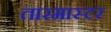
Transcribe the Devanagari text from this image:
तारमास्टर